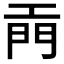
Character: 𫔙